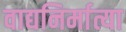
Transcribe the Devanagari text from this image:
वाद्यनिर्मात्या